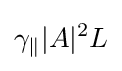
\gamma _{\|}|A|^{2}L